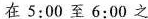
在5：00至6:00之